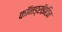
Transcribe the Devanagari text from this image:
कॉनड्रॉइटिन